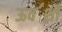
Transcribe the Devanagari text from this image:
ऊव॔शी